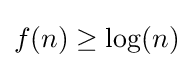
f(n)\geq \log(n)